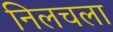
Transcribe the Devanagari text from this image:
निलचला